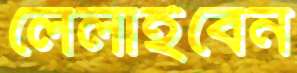
লেলাইবেন